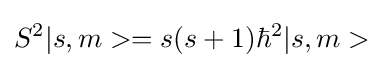
S^{2}|s,m>=s(s+1)\hbar ^{2}|s,m>